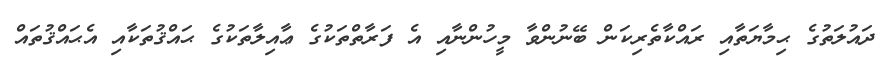
ދައުލަތުގެ ޙިމާޔަތާއި ރައްކާތެރިކަން ބޭނުންވާ މީހުންނާއި އެ ފަރާތްތަކުގެ ޢާއިލާތަކުގެ ޙައްޤުތަކާއި އެޙައްޤުތައް